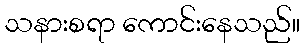
သနားစရာ ကောင်းနေသည်။